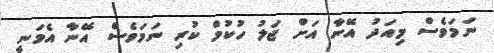
ނަމަވެސް މިއަދު އޭނާ އަށް ޖަލު ހުކުމް ކުރި ނަމަވެސް އޭނާ އެވަނީ